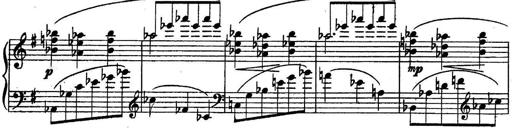
Title: Sonatine
Composer: Adrian Shaposhnikov
Key: E minor